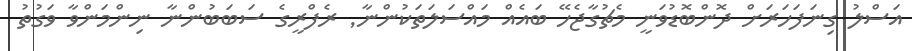
އަސްލު ގިނަފަހަރަށް ދޮންބޮޑުވަނީ މެޗުގާޖެހޭ ބައެއް މައްސަލަތަކުންނާ